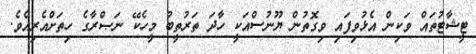
ޓީޝާޓުތައް ވަކިން އެޅުވިފައި ވިގޮތުން ޔޫނުސްއަކީ ހާދަ ތަރުތީބު މީހެކޭ ނަޞްރާގެ ހިތަށްއެރިއެވެ.